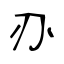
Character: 刅